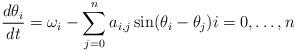
LaTeX: \begin{align*} \frac{d \theta_i}{dt} = \omega_i - \sum_{j=0}^{n} a_{i,j} \sin(\theta_{i}-\theta_{j}) i = 0,\dots,n \end{align*}